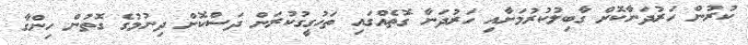
ކުރުން ހަރުދަނާކޮށް ގާބިލުކުރުމަށާއި ހަރުދަނާ ގޮތެއްގައި ތަހުގީގުކުރަން ދަސްކޮށް ދިނުމުގެ ގޮތުން ހިންގާ